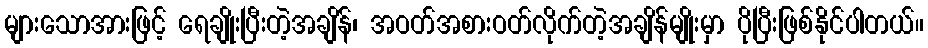
များသောအားဖြင့် ရေချိုးပြီးတဲ့အချိန်၊ အဝတ်အစားဝတ်လိုက်တဲ့အချိန်မျိုးမှာ ပိုပြီးဖြစ်နိုင်ပါတယ်။